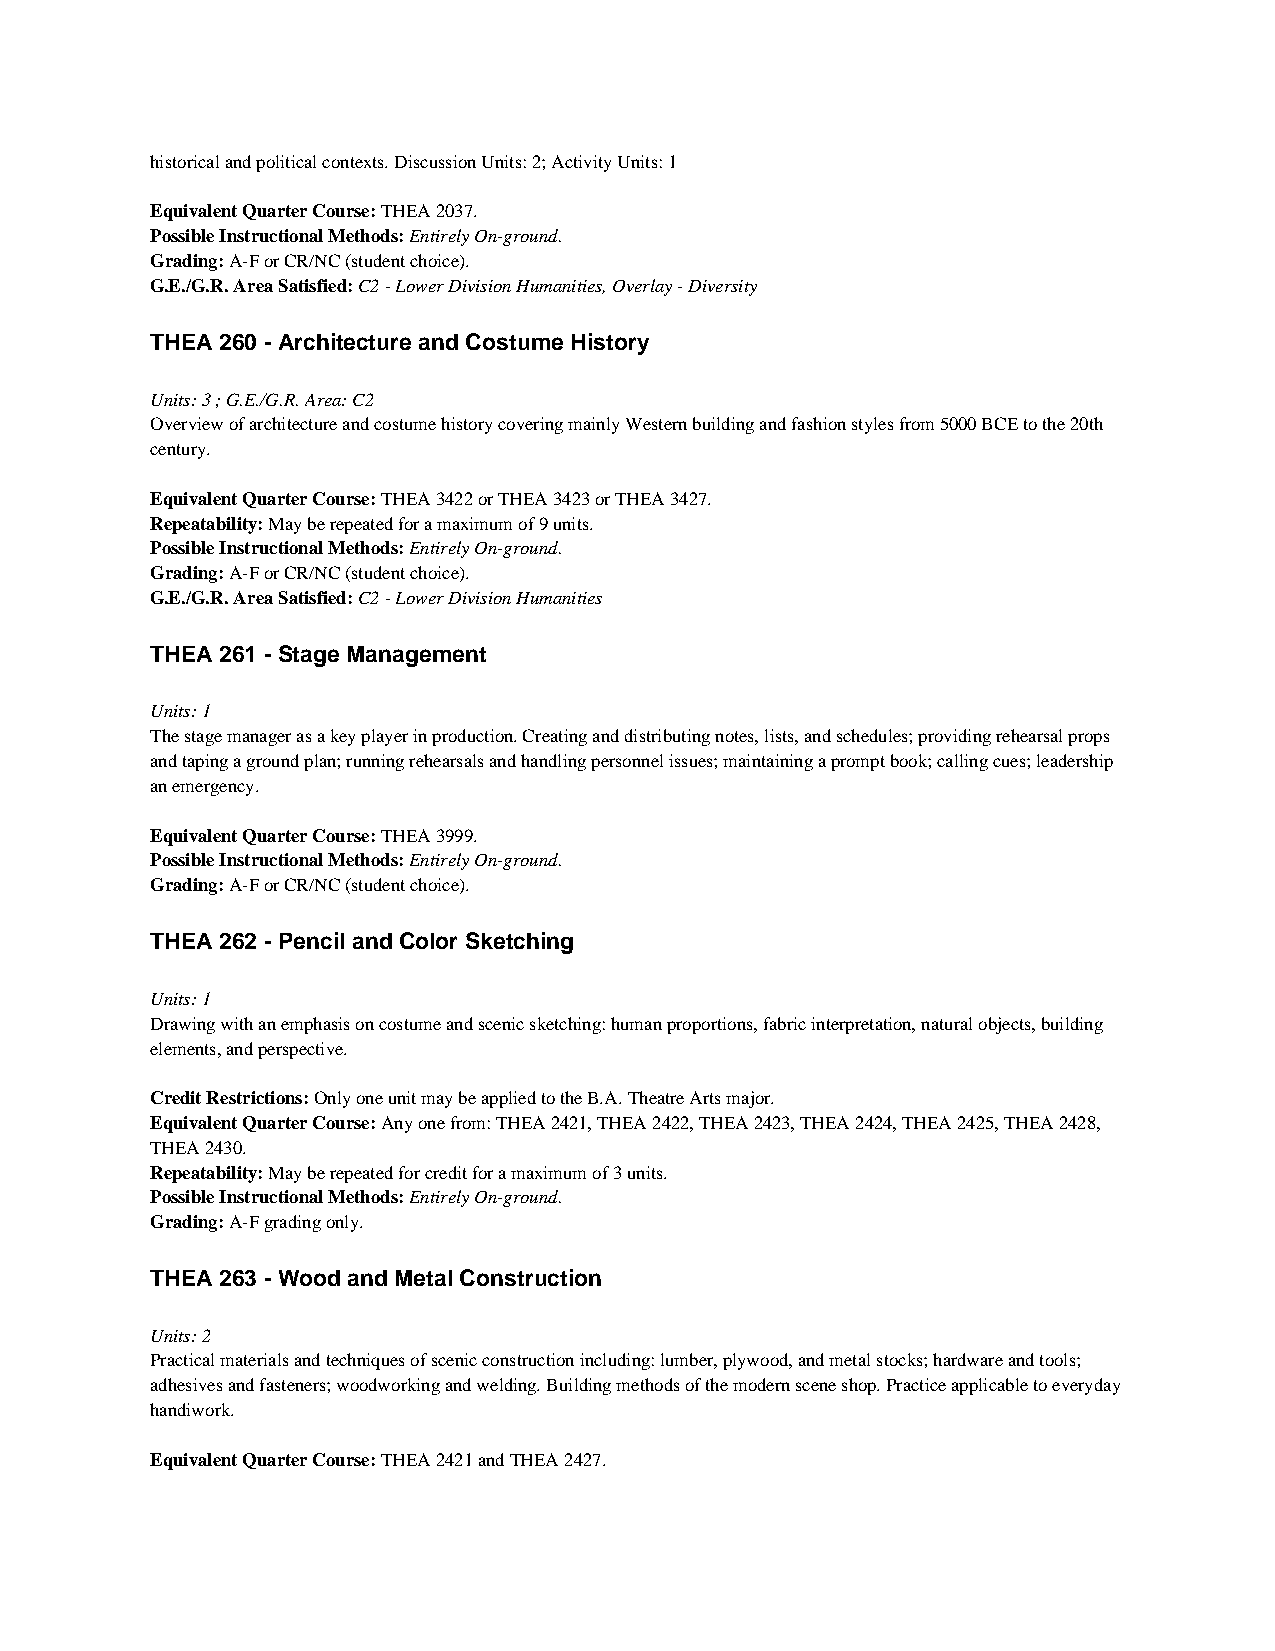
historical and political contexts. Discussion Units: 2; Activity Units: 1
 Equivalent Quarter Course: THEA 2037.
 Possible Instructional Methods: Entirely On-ground.
 Grading: A-F or CR/NC (student choice).
 G.E./G.R. Area Satisfied: C2 - Lower Division Humanities, Overlay - Diversity
 THEA 260 - Architecture and Costume History
 Units: 3 ; G.E./G.R. Area: C2
 Overview of architecture and costume history covering mainly Western building and fashion styles from 5000 BCE to the 20th
 century.
 Equivalent Quarter Course: THEA 3422 or THEA 3423 or THEA 3427.
 Repeatability: May be repeated for a maximum of 9 units.
 Possible Instructional Methods: Entirely On-ground.
 Grading: A-F or CR/NC (student choice).
 G.E./G.R. Area Satisfied: C2 - Lower Division Humanities
 THEA 261 - Stage Management
 Units: 1
 The stage manager as a key player in production. Creating and distributing notes, lists, and schedules; providing rehearsal props
 and taping a ground plan; running rehearsals and handling personnel issues; maintaining a prompt book; calling cues; leadership
 an emergency.
 Equivalent Quarter Course: THEA 3999.
 Possible Instructional Methods: Entirely On-ground.
 Grading: A-F or CR/NC (student choice).
 THEA 262 - Pencil and Color Sketching
 Units: 1
 Drawing with an emphasis on costume and scenic sketching: human proportions, fabric interpretation, natural objects, building
 elements, and perspective.
 Credit Restrictions: Only one unit may be applied to the B.A. Theatre Arts major.
 Equivalent Quarter Course: Any one from: THEA 2421, THEA 2422, THEA 2423, THEA 2424, THEA 2425, THEA 2428,
 THEA 2430.
 Repeatability: May be repeated for credit for a maximum of 3 units.
 Possible Instructional Methods: Entirely On-ground.
 Grading: A-F grading only.
 THEA 263 - Wood and Metal Construction
 Units: 2
 Practical materials and techniques of scenic construction including: lumber, plywood, and metal stocks; hardware and tools;
 adhesives and fasteners; woodworking and welding. Building methods of the modern scene shop. Practice applicable to everyday
 handiwork.
 Equivalent Quarter Course: THEA 2421 and THEA 2427.